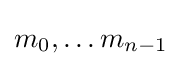
m_{0},\dots m_{n-1}